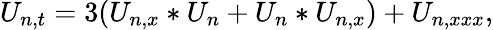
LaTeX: U_{n,t}=3(U_{n,x}\ast U_{n}+U_{n}\ast U_{n,x})+U_{n,xxx},